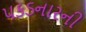
પકડનારની